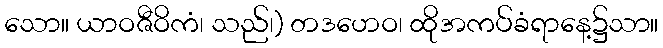
သော။ ယာဝဇီဝိကံ၊ သည်၊) တဒဟေဝ၊ ထိုအကပ်ခံရာနေ့၌သာ။